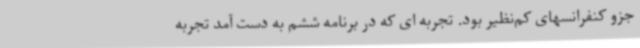
جزو کنفرانسهای کم‌نظیر بود. تجربه ای که در برنامه ششم به دست آمد تجربه